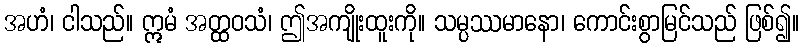
အဟံ၊ ငါသည်။ ဣမံ အတ္ထဝသံ၊ ဤအကျိုးထူးကို။ သမ္ပဿမာနော၊ ကောင်းစွာမြင်သည် ဖြစ်၍။